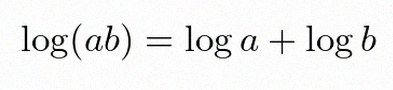
\log(ab)=\log a+\log b